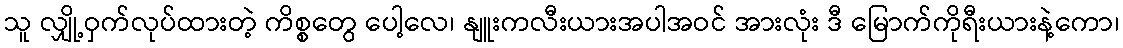
သူ လျှို့ဝှက်လုပ်ထားတဲ့ ကိစ္စတွေ ပေါ့လေ၊ နျူးကလီးယားအပါအဝင် အားလုံး ဒီ မြောက်ကိုရီးယားနဲ့ကော၊